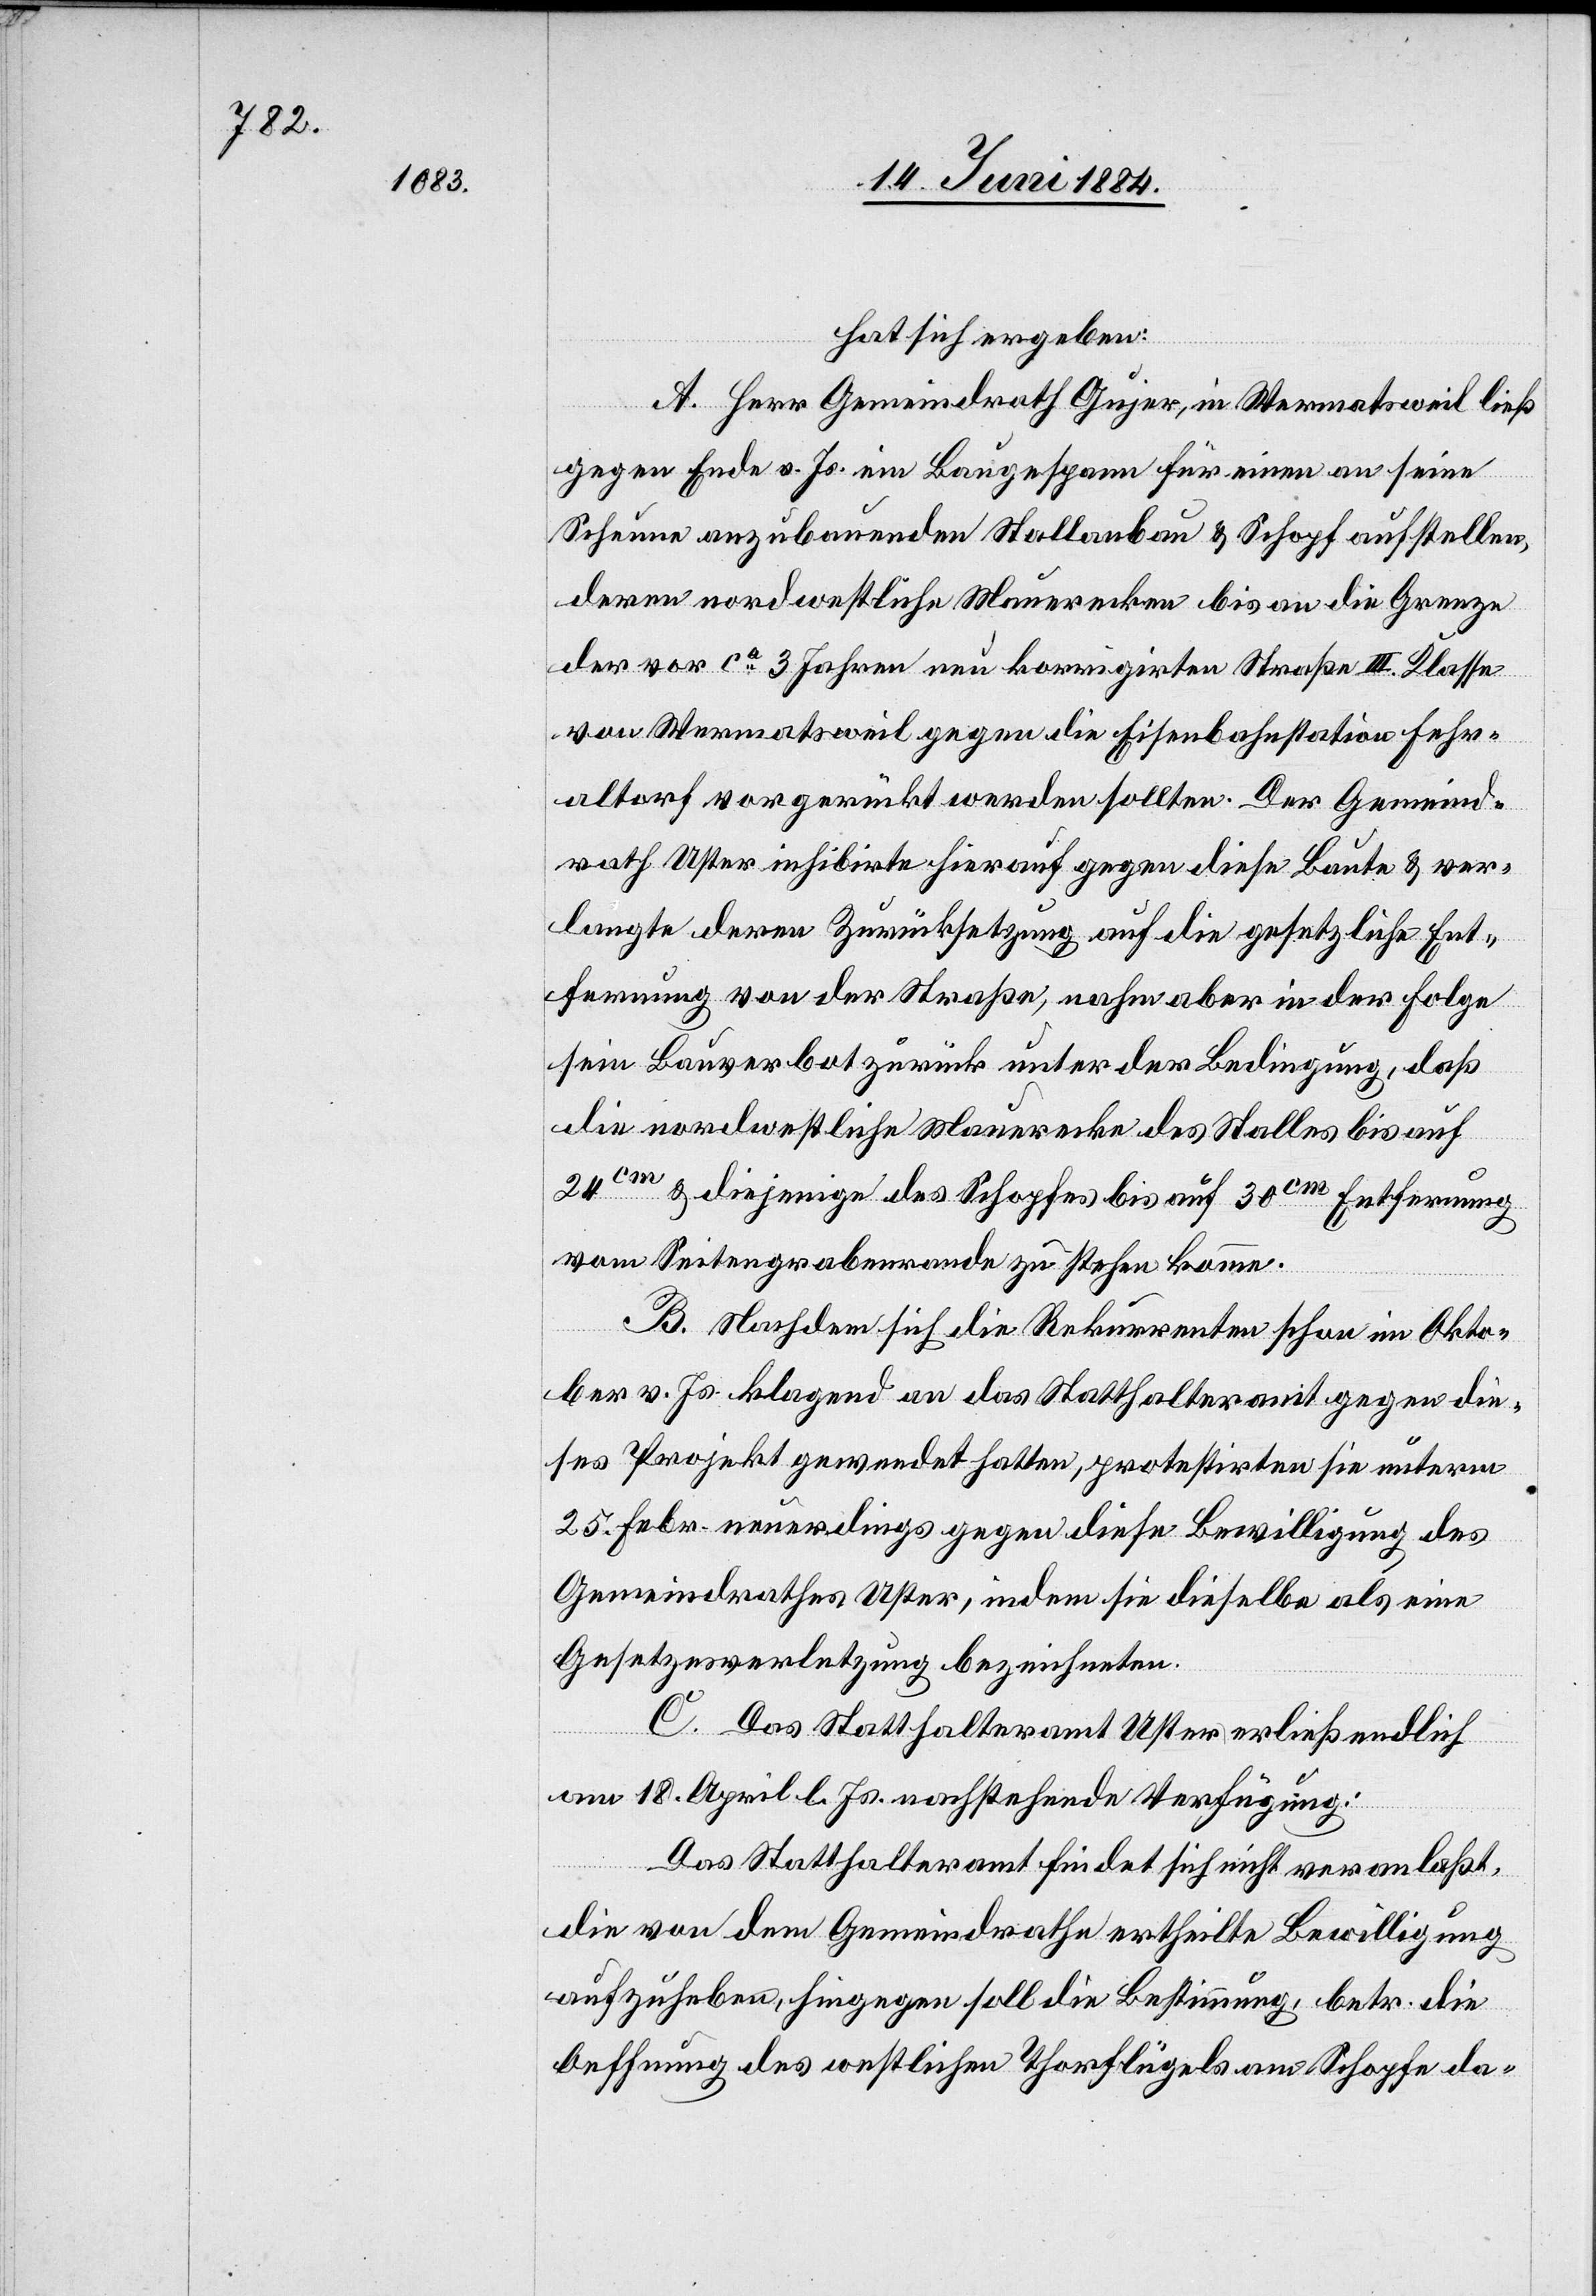
hat sich ergeben:
A. Herr Gemeindrath Gujer, in Wermatsweil ließ
gegen Ende v. Js. ein Baugespann für einen an seine
Scheune anzubauenden Stallanbau & Schopf aufstellen,
deren nordwestliche Mauerecken bis an die Grenze
der vor ca 3 Jahren neu korrigirten Straße III. Klasse
von Wermatsweil gegen die Eisenbahnstation Fehr¬
altorf vorgerückt werden sollten. Der Gemeind¬
rath Uster inhibirte hierauf gegen diese Baute & ver¬
langte deren Zurücksetzung auf die gesetzliche Ent¬
fernung von der Straße, nahm aber in der Folge
sein Bauverbot zurück unter der Bedingung, daß
die nordwestliche Mauerecke des Stalles bis auf
24cm & diejenige des Schopfes bis auf 30cm Entfernung
vom Seitengrabenrande zu stehen komme.
B. Nachdem sich die Rekurrenten schon im Okto¬
ber v. Js. klagend an das Statthalteramt gegen die¬
ses Projekt gewendet hatten, protestirten sie unterm
25. Febr. neuerdings gegen diese Bewilligung des
Gemeindrathes Uster, indem sie dieselbe als eine
Gesetzesverletzung bezeichneten.
C. Das Statthalteramt Uster erließ endlich
am 18. April l. Js. nachstehende Verfügung:
Das Statthalteramt findet sich nicht veranlaßt,
die von dem Gemeindrathe ertheilte Bewilligung
aufzuheben, hingegen soll die Bestimmung, betr. die
Oeffnung des westlichen Thorflügels am Schopfe da-